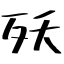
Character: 殀